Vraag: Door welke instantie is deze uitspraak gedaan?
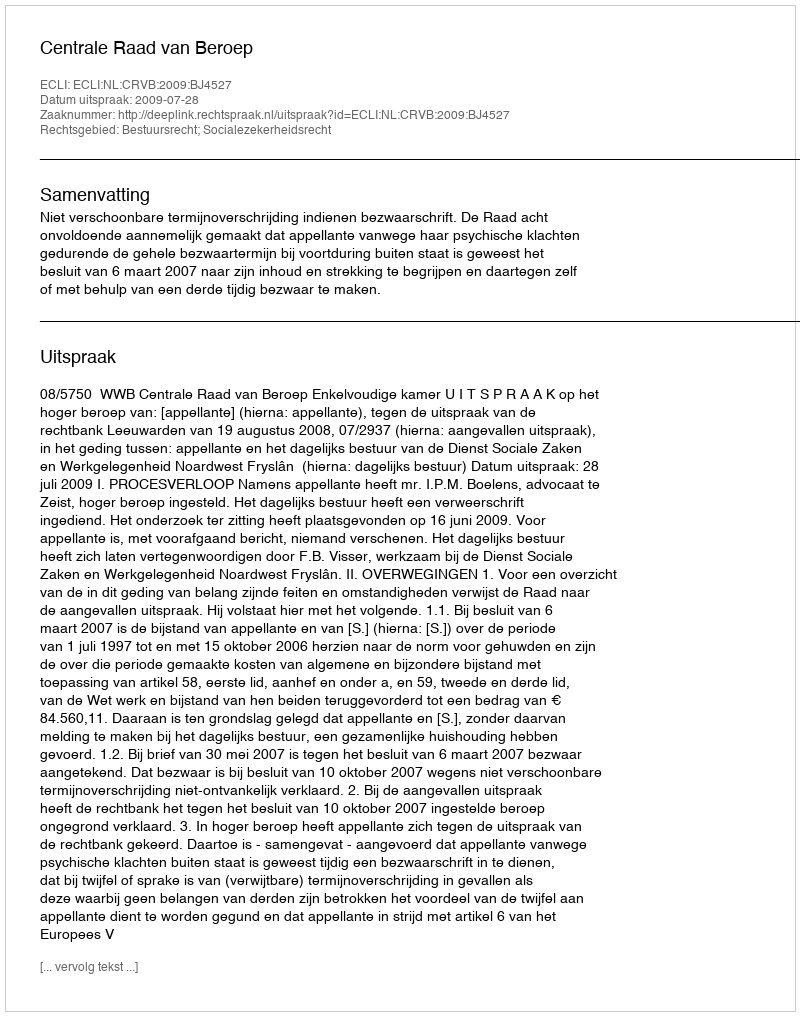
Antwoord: Centrale Raad van Beroep